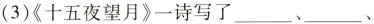
(3)《十五夜望月》一诗写了___、___、